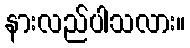
နားလည်ပါသလား။